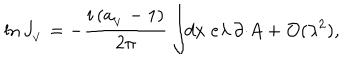
\ln J _ { _ V } = - \frac { i \, ( a _ { _ V } - 1 ) } { 2 \pi } \int \! \! d x \; e \lambda \, \partial \cdotp \! A + { \cal O } ( \lambda ^ { 2 } ) ,